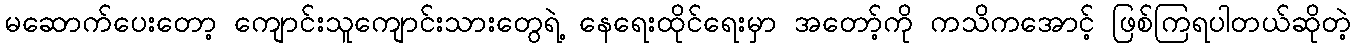
မဆောက်ပေးတော့ ကျောင်းသူကျောင်းသားတွေရဲ့ နေရေးထိုင်ရေးမှာ အတော့်ကို ကသိကအောင့် ဖြစ်ကြရပါတယ်ဆိုတဲ့